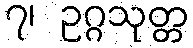
၇၊ ဥဂ္ဂသုတ္တ